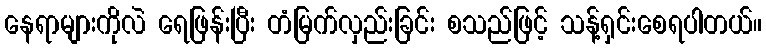
နေရာများကိုလဲ ရေဖြန်းပြီး တံမြက်လှည်းခြင်း စသည်ဖြင့် သန့်ရှင်းစေရပါတယ်။